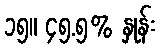
၁၅။ ၄၅.၅% နှုန်း